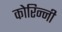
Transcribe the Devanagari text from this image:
कोरिन्नी